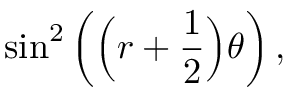
\sin ^ { 2 } \left( { \Big ( } r + { \frac { 1 } { 2 } } { \Big ) } \theta \right) ,